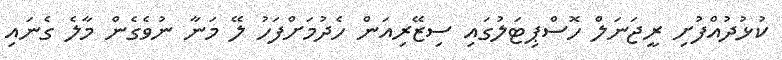
ކުޅުދުއްފުށި ރީޖަނަލް ހޮސްޕިޓަލުގައި ސިޒޭރިއަން ހެދުމަށްފަހު ލޭ މަނާ ނުވެގެން މާލެ ގެނައި